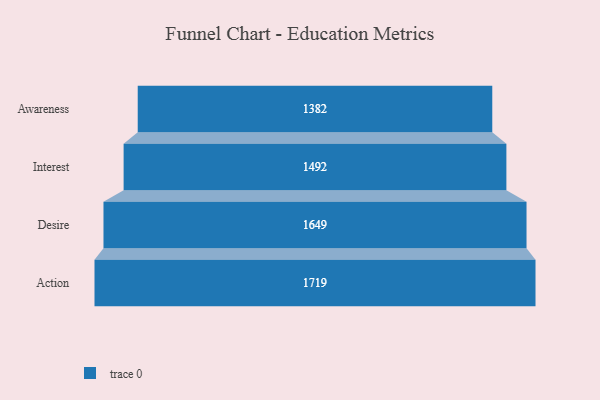
{"axis": {"x": "Stage", "y": "Value"}, "legend": [""], "data": [{"x": "Awareness", "y": 1382.0, "type": ""}, {"x": "Interest", "y": 1492.0, "type": ""}, {"x": "Desire", "y": 1649.0, "type": ""}, {"x": "Action", "y": 1719.0, "type": ""}]}